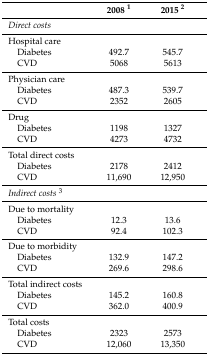
|  | 2008 1 | 2015 2 |
 | --- | --- | --- |
 | Direct costs |  |  |
 | Hospital care |  |  |
 | Diabetes | 492.7 | 545.7 |
 | CVD | 5068 | 5613 |
 | Physician care |  |  |
 | Diabetes | 487.3 | 539.7 |
 | CVD | 2352 | 2605 |
 | Drug |  |  |
 | Diabetes | 1198 | 1327 |
 | CVD | 4273 | 4732 |
 | Total direct costs |  |  |
 | Diabetes | 2178 | 2412 |
 | CVD | 11,690 | 12,950 |
 | Indirect costs3 |  |  |
 | Due to mortality |  |  |
 | Diabetes | 12.3 | 13.6 |
 | CVD | 92.4 | 102.3 |
 | Due to morbidity |  |  |
 | Diabetes | 132.9 | 147.2 |
 | CVD | 269.6 | 298.6 |
 | Total indirect costs |  |  |
 | Diabetes | 145.2 | 160.8 |
 | CVD | 362.0 | 400.9 |
 | Total costs |  |  |
 | Diabetes | 2323 | 2573 |
 | CVD | 12,060 | 13,350 |